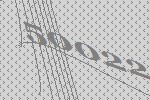
50022